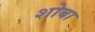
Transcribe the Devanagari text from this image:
शोबा